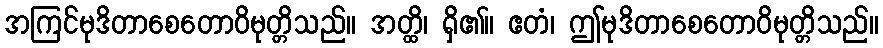
အကြင်မုဒိတာစေတောဝိမုတ္တိသည်။ အတ္ထိ၊ ရှိ၏။ ဧတံ၊ ဤမုဒိတာစေတောဝိမုတ္တိသည်။